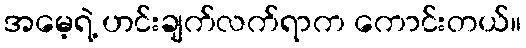
အမေ့ရဲ့ ဟင်းချက်လက်ရာက ကောင်းတယ်။